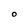
Character: O